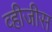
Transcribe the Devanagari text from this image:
व्हीजीस